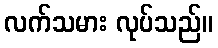
လက်သမား လုပ်သည်။